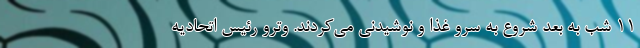
11 شب به بعد شروع به سرو غذا و نوشیدنی می‌کردند. وترو رئیس اتحادیه